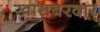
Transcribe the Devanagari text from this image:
खासबरदार